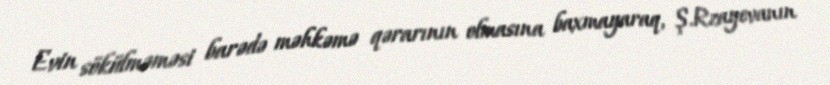
Evin sökülməməsi barədə məhkəmə qərarının olmasına baxmayaraq, Ş.Rzayevanın